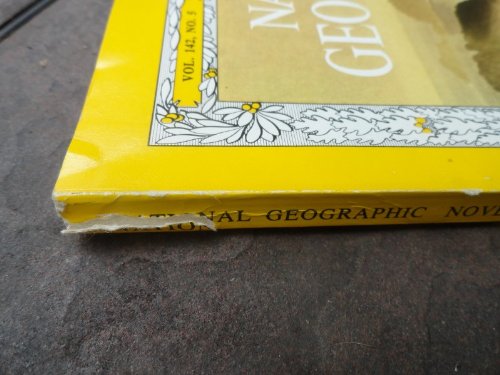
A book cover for National Geographic November 1972.; National Geographic.; Science & Math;